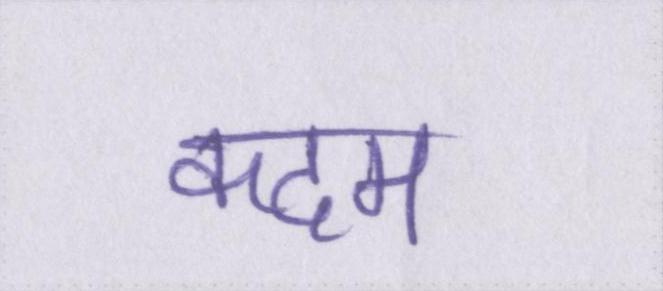
कदम